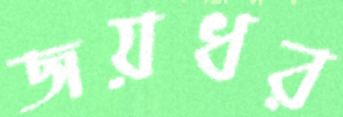
জয়ধর